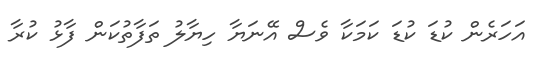
އަހަރެން ކުޑަ ކުޑަ ކަމަކާ ވެސް އޭނަޔާ ހިޔާލު ތަފާތުކަން ފާޅު ކުރާ